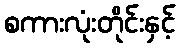
စကားလုံးတိုင်းနှင့်